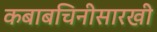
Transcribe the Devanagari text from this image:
कबाबचिनीसारखी